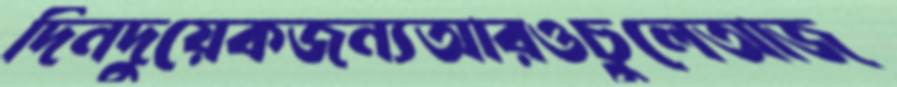
দিনদুয়েকজন্যআরওচুলেআজ